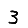
Digit: 3